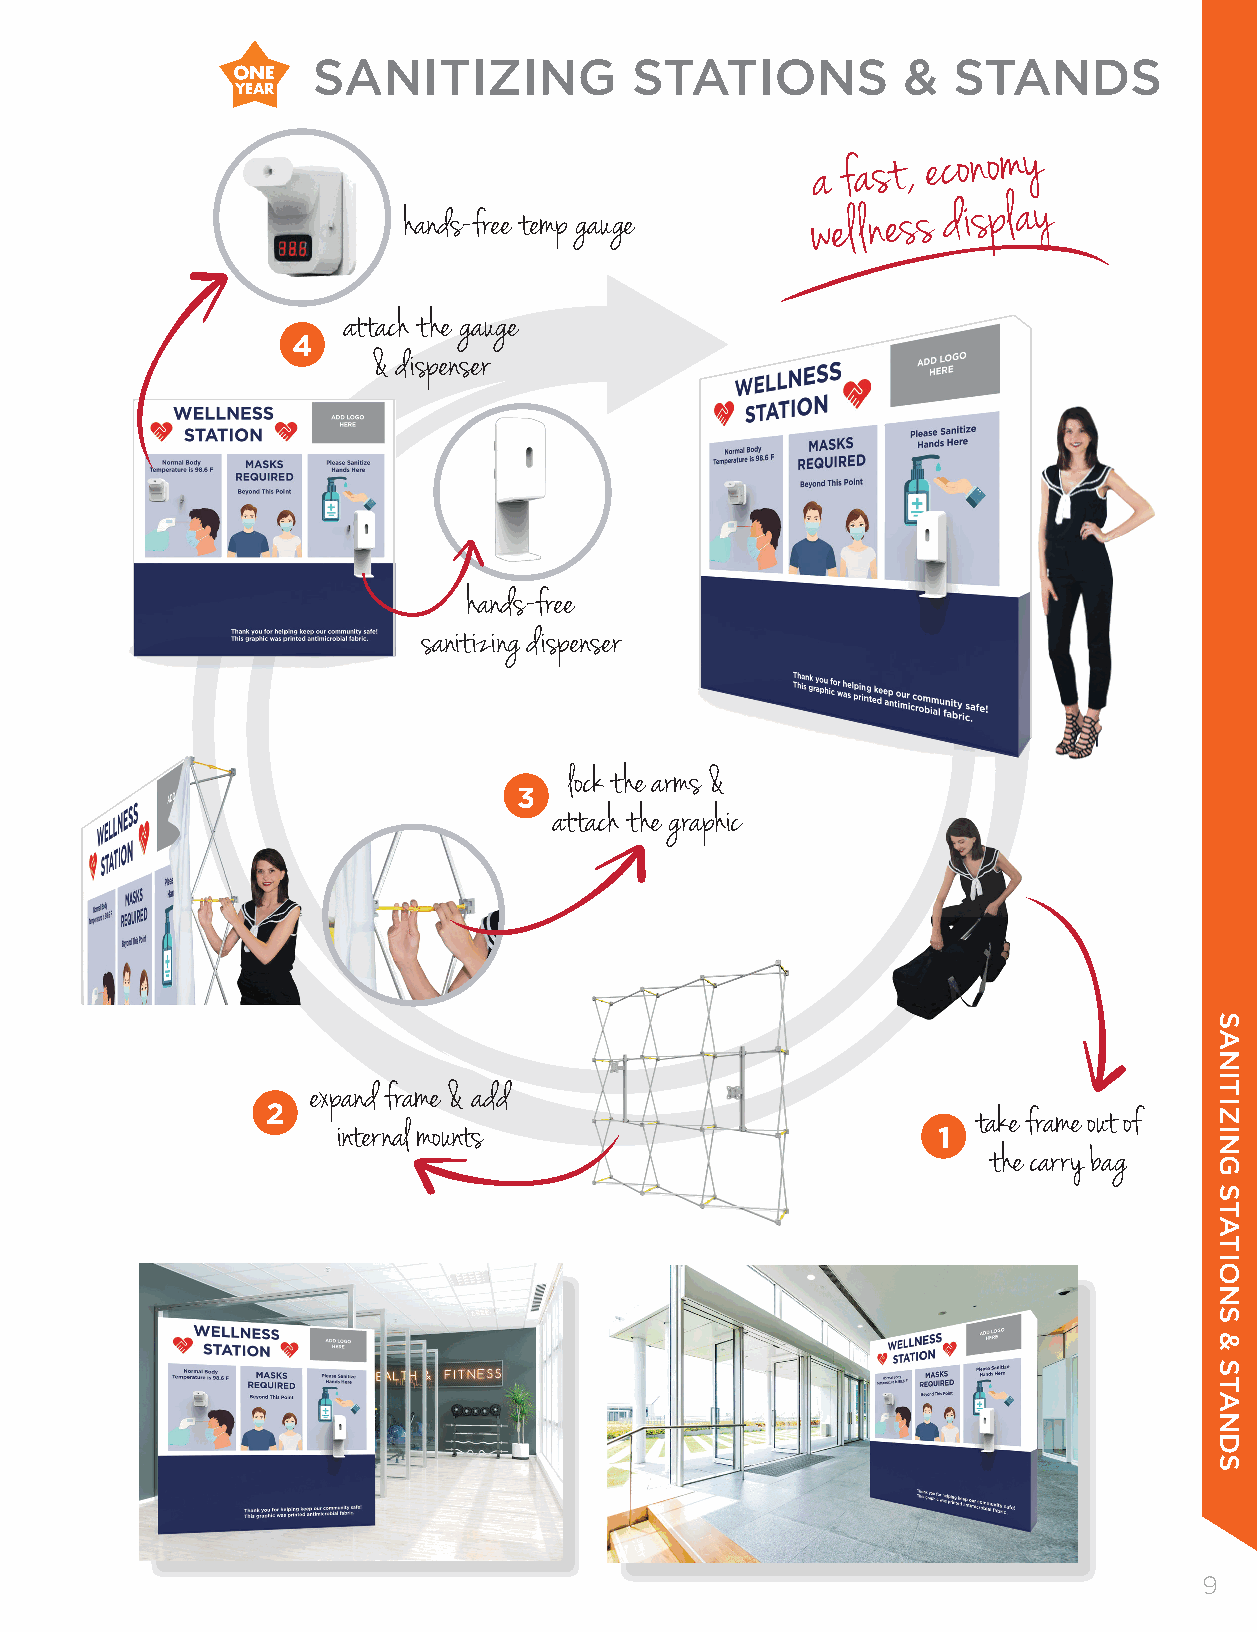
SANITIZING           STATIONS          &  STANDS
 a
 fast , ec on omy
 hands-free temp gauge      we l l ness d ispl ay
 attach the gauge
 4
 & dispenser
 hands-free
 sanitizing dispenser
 lock the arms &
 3
 attach the graphic
 expand frame & add
 2
 take frame out of
 internal mounts                         1
 the carry bag
 99
 SANITIZING
 STATIONS
 &
 STANDS